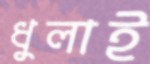
ধুলাই